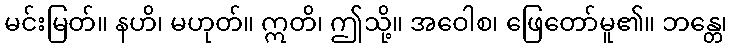
မင်းမြတ်။ နဟိ၊ မဟုတ်။ ဣတိ၊ ဤသို့။ အဝေါစ၊ ဖြေတော်မူ၏။ ဘန္တေ၊